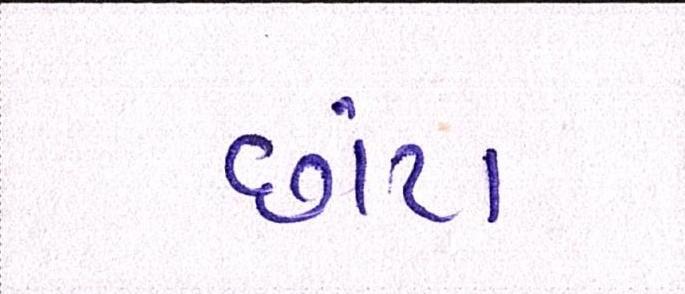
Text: છાંટા